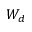
W _ { d }